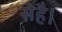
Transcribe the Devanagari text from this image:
सेहै।